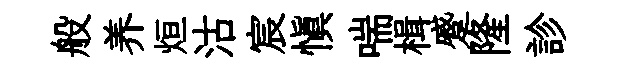
般养烜沽宸慎喘楫蹙隆診